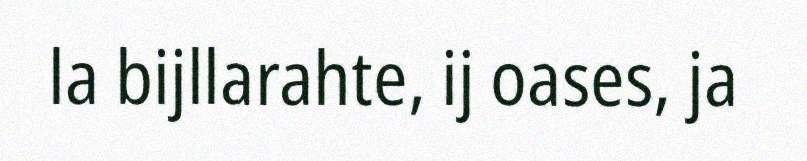
la bijllarahte, ij oases, ja